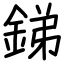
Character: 銻